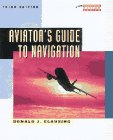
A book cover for Aviator's Guide to Navigation (Practical Flying Series); Donald J. Clausing; Sports & Outdoors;